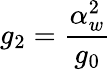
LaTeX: g_{2}=\frac{\alpha_{w}^{2}}{g_{0}}